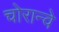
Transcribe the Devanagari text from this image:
चोरान्वे